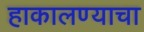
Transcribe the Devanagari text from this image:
हाकालण्याचा